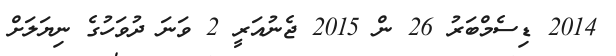
2014 ޑިސެމްބަރު 26 ން 2015 ޖެނުއަރީ 2 ވަނަ ދުވަހުގެ ނިޔަލަށް